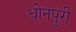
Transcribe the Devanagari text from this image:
धोनपुरी